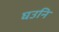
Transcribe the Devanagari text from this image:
घउनि